Civil Veterinary Department. United Provinces 1912-22 - 1912-1922
Year: 1912
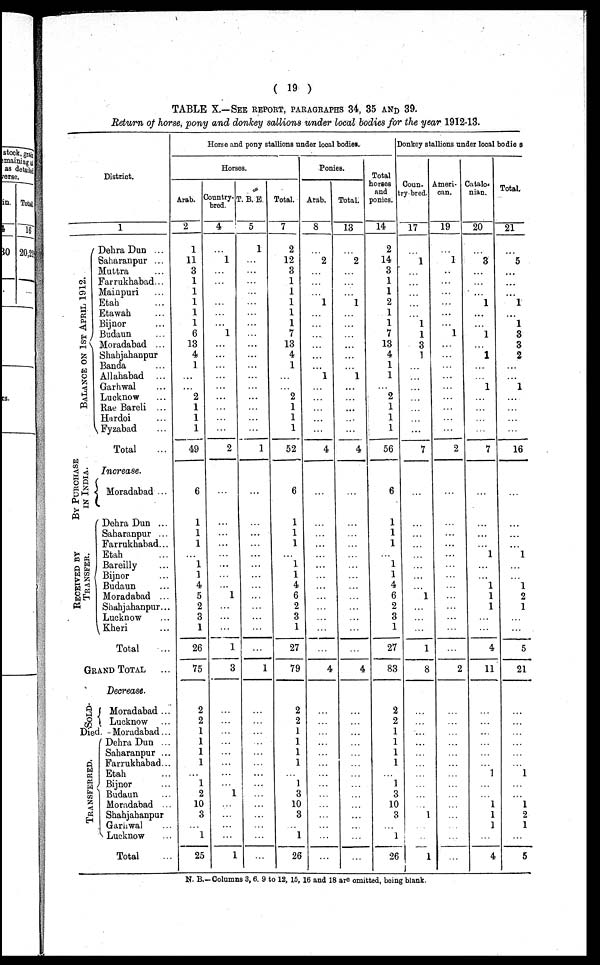
( 19 )
TABLE X.—SEE REPORT, PARAGRAPHS 34, 35 AND 39.
Return of horse, pony and donkey sallions under local bodies for the year 1912-13.
District.
BALANCE ON 1ST APRIL 1912.
BY PURCHASE
IN INDIA.
RECEIVED BY
TRANSFER.
1
Dehra Dun ...
Saharanpur ...
Muttra ...
Farrukhabad ...
Mainpuri ...
Etah ...
Etawah ...
Bijnor ...
Budaun ...
Moradabad ...
Shahjahanpur
Banda ...
Allahabad ...
Garhwal ...
Lucknow ...
Rae Bareli ...
Hardoi ...
Fyzabad ...
Total
Increase.
Moradabad ...
Dehra Dun ...
Saharanpur ...
Farrukhabad ...
Etah ...
Bareilly ...
Bijnor ...
Budaun ...
Moradabad ...
Shahjahanpur ...
Lucknow ...
Kheri ...
Total
GRAND TOTAL ...
SOLD-
Decrease.
Moradabad ...
Lucknow ...
Died.-Moradabad ...
TRANSFERRED
Dehra Dun ...
Saharanpur ...
Farrukhabad...
Etah ...
Bijnor ...
Budaun ...
Moradabad ...
Shahjahanpur
Garhwal ...
Lucknow ...
Total
Horse and pony stallions under local bodies.
Horses.
Arab.
2
1
11
3
1
1
1
1
1
6
13
4
1
...
...
2
1
1
1
49
6
1
1
1
...
1
1
4
5
2
3
1
26
75
2
2
1
1
1
1
...
1
2
10
3
1
25
Country-
bred.
4
...
1
...
...
...
...
...
...
1
...
...
...
...
...
...
...
...
...
2
...
...
...
...
...
...
...
...
1
...
...
...
1
3
...
...
...
...
...
...
...
...
1
...
...
...
...
1
T. B. E.
5
1
...
...
...
...
...
...
...
...
...
...
...
...
...
...
...
...
...
1
...
...
...
...
...
...
...
...
...
...
...
...
...
1
...
...
...
...
...
...
...
...
...
...
...
...
...
...
Total.
7
2
12
3
1
1
1
1
1
7
13
4
1
...
...
2
1
1
1
52
6
1
1
1
...
1
1
4
6
2
3
1
27
79
2
2
J
1
1
1
1
3
10
3
1
26
Ponies.
Arab.
8
...
2
...
...
...
1
...
...
...
...
...
...
1
...
...
...
...
...
4
...
...
...
...
...
...
...
...
...
...
...
...
...
4
Total.
13
2
...
...
...
1
...
...
...
...
...
...
1
...
...
...
...
...
4
...
...
...
...
...
...
...
...
...
...
...
...
...
4
Total
horses
and
ponies.
14
2
14
3
1
1
2
1
1
7
13
4
1
1
...
2
1
1
1
56
6
1
1
1
...
1
1
4
6
2
3
1
27
83
2
2
1
1
1
1
...
1
3
10
3
...
1
26
Donkey stallions under local bodies
Coun-
try-bred.
17
...
1
...
...
...
...
...
1
1
3
1
...
...
...
...
...
...
...
7
...
...
...
...
...
...
...
...
1
...
...
...
1
8
...
...
...
...
...
...
...
...
...
...
1
...
...
1
Ameri-
can.
19
...
1
...
...
...
...
...
...
1
...
...
...
...
...
...
...
...
...
2
...
...
...
...
...
...
...
...
...
...
...
...
...
2
...
...
...
...
...
...
...
...
...
...
...
...
...
...
Catalo-
nian.
20
3
...
...
...
1
...
...
1
...
1
...
...
1
...
...
...
...
7
...
...
...
...
...
1
...
...
1
1
1
...
...
4
11
...
...
...
...
...
...
1
...
...
1
1
1
...
4
21
5
...
...
...
1
...
1
3
3
2
...
...
1
...
...
...
...
16
...
...
...
...
...
1
...
...
1
2
1
...
5
21
...
...
...
...
...
...
1
...
...
1
2
1
...
5
N. B.—Columns 3, 6. 9 to 12, 15, 16 and 18 are omitted, being blank.